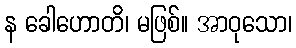
န ခေါဟောတိ၊ မဖြစ်။ အာဝုသော၊